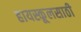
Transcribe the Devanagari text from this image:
हायस्कूलसाठी